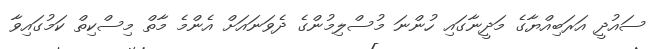
ސައުދީ އަރަބިއްޔާގެ މަދީނާގައި ހުންނަ މުސްލިމުންގެ ދެވަނައަށް އެންމެ މާތް މިސްކިތް ކަމުގައިވާ